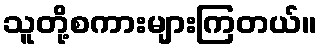
သူတို့စကားများကြတယ်။